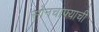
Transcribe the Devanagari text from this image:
सोनचाफ्याची